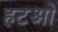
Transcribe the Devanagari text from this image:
हटओ